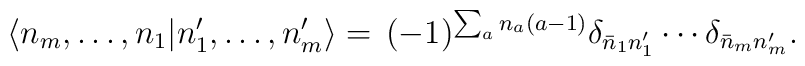
\langle n_m,\ldots,n_1|n^{\prime}_1,\ldots,n^{\prime}_m\rangle=\,(-1)^{\sum_{a}n_a(a-1)}\delta_{\bar{n}_1n^{\prime}_1}\cdots\delta_{\bar{n}_mn^{\prime}_m}.